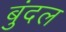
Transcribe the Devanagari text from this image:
बुंदल